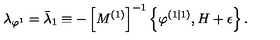
\lambda _ { \varphi ^ { 1 } } = \bar { \lambda } _ { 1 } \equiv - \left[ M ^ { \left( 1 \right) } \right] ^ { - 1 } \left\{ \varphi ^ { \left( 1 | 1 \right) } , H + \epsilon \right\} .